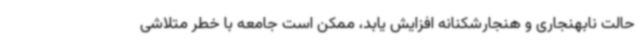
حالت نابهنجاری و هنجارشکنانه افزایش یابد، ممکن است جامعه با خطر متلاشی